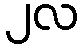
၂လ